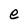
Character: e